Civil Veterinary Department ledger series I-VI
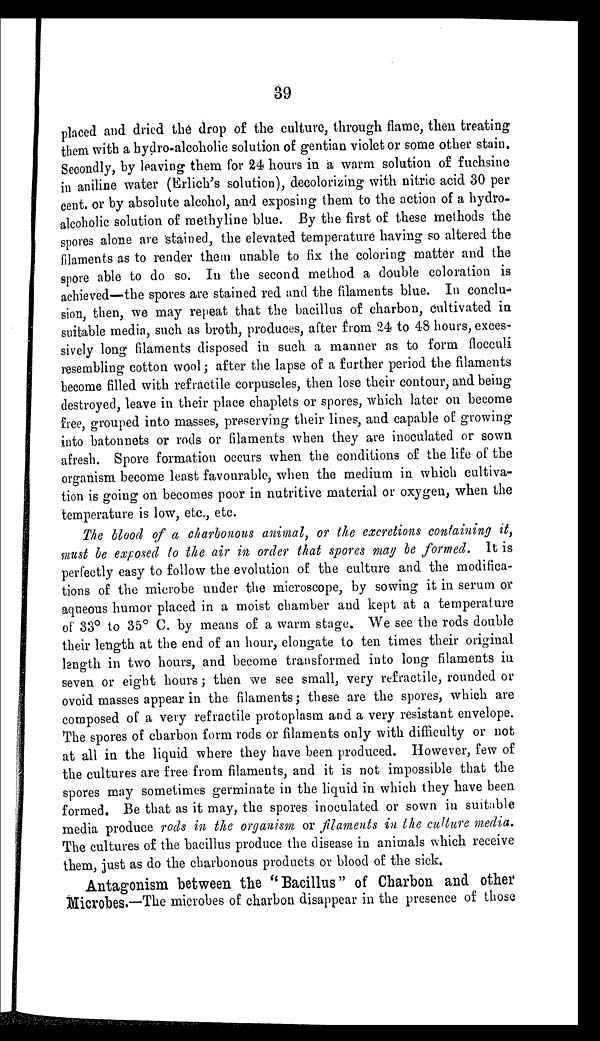
39
placed and dried the drop of the culture, through flame, then treating
them with a hydro-alcoholic solution of gentian violet or some other stain.
Secondly, by leaving them for 24 hours in a warm solution of fuchsine
in aniline water (Erlich's solution), decolorizing with nitric acid 30 per
cent. or by absolute alcohol, and exposing them to the action of a hydro-
alcoholic solution of methyline blue. By the first of these methods the
spores alone are stained, the elevated temperature having so altered the
filaments as to render them unable to fix the coloring matter and the
spore able to do so. In the second method a double coloration is
achieved—the spores are stained red and the filaments blue. In conclu-
sion, then, we may repeat that the bacillus of charbon, cultivated in
suitable media, such as broth, produces, after from 24 to 48 hours, exces-
sively long filaments disposed in such a manner as to form flocculi
resembling cotton wool; after the lapse of a further period the filaments
become filled with refractile corpuscles, then lose their contour, and being
destroyed, leave in their place chaplets or spores, which later on become
free, grouped into masses, preserving their lines, and capable of growing
into batonnets or rods or filaments when they are inoculated or sown
afresh. Spore formation occurs when the conditions of the life of the
organism become least favourable, when the medium in which cultiva-
tion is going on becomes poor in nutritive material or oxygen, when the
temperature is low, etc., etc.
The blood of a charbonous animal, or the excretions containing it,
must be exposed to the air in order that spores may be formed. It is
perfectly easy to follow the evolution of the culture and the modifica-
tions of the microbe under the microscope, by sowing it in serum or
aqueous humor placed in a moist chamber and kept at a temperature
of 33° to 35° C. by means of a warm stage. We see the rods double
their length at the end of an hour, elongate to ten times their original
length in two hours, and become transformed into long filaments in
seven or eight hours; then we see small, very refractile, rounded or
ovoid masses appear in the filaments; these are the spores, which are
composed of a very refractile protoplasm and a very resistant envelope.
The spores of charbon form rods or filaments only with difficulty or not
at all in the liquid where they have been produced. However, few of
the cultures are free from filaments, and it is not impossible that the
spores may sometimes germinate in the liquid in which they have been
formed. Be that as it may, the spores inoculated or sown in suitable
media produce rods in the organism or filaments in the culture media.
The cultures of the bacillus produce the disease in animals which receive
them, just as do the charbonous products or blood of the sick.
Antagonism between the " Bacillus " of Charbon and other
Microbes.—The microbes of charbon disappear in the presence of those